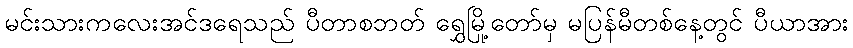
မင်းသားကလေးအင်ဒရေသည် ပီတာစဘတ် ရွှေမြို့တော်မှ မပြန်မီတစ်နေ့တွင် ပီယာအား